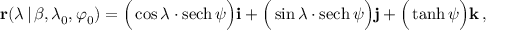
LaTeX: \mathbf { r } ( \lambda \, | \, \beta , \lambda _ { 0 } , \varphi _ { 0 } ) = { \Big ( } \cos { \lambda } \cdot \operatorname { s e c h } \psi { \Big ) } \mathbf { i } + { \Big ( } \sin { \lambda } \cdot \operatorname { s e c h } \psi { \Big ) } \mathbf { j } + { \Big ( } \operatorname { t a n h } \psi { \Big ) } \mathbf { k } \, ,